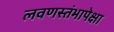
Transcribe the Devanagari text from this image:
लवणस्तंभापेक्षा